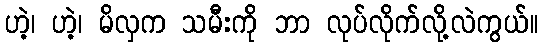
ဟဲ့၊ ဟဲ့၊ မိလှက သမီးကို ဘာ လုပ်လိုက်လို့လဲကွယ်။